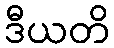
ဒီယတိ